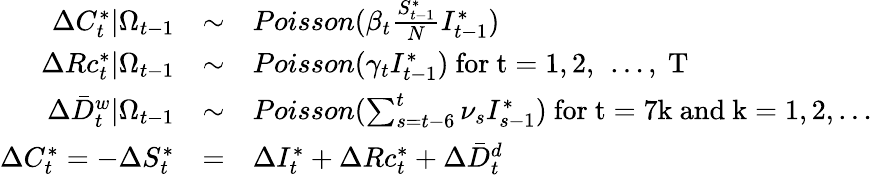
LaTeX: \begin{array}{rcl}{\Delta C_{t}^{*}|\Omega_{t-1}}&{\sim}&{Poisson(\beta_{t}\frac{S_{t-1}^{*}}{N}I_{t-1}^{*})}\\ {\Delta Rc_{t}^{*}|\Omega_{t-1}}&{\sim}&{Poisson(\gamma_{t}I_{t-1}^{*})\mathrm{~for~t=1,2,~\dots,~T~}}\\ {\Delta\bar{D}_{t}^{w}|\Omega_{t-1}}&{\sim}&{Poisson(\sum_{s=t-6}^{t}\nu_{s}I_{s-1}^{*})\mathrm{~for~t=7k~and~k=1,2,\dots~}}\\ {\Delta C_{t}^{*}=-\Delta S_{t}^{*}}&{=}&{\Delta I_{t}^{*}+\Delta Rc_{t}^{*}+\Delta\bar{D}_{t}^{d}}\end{array}